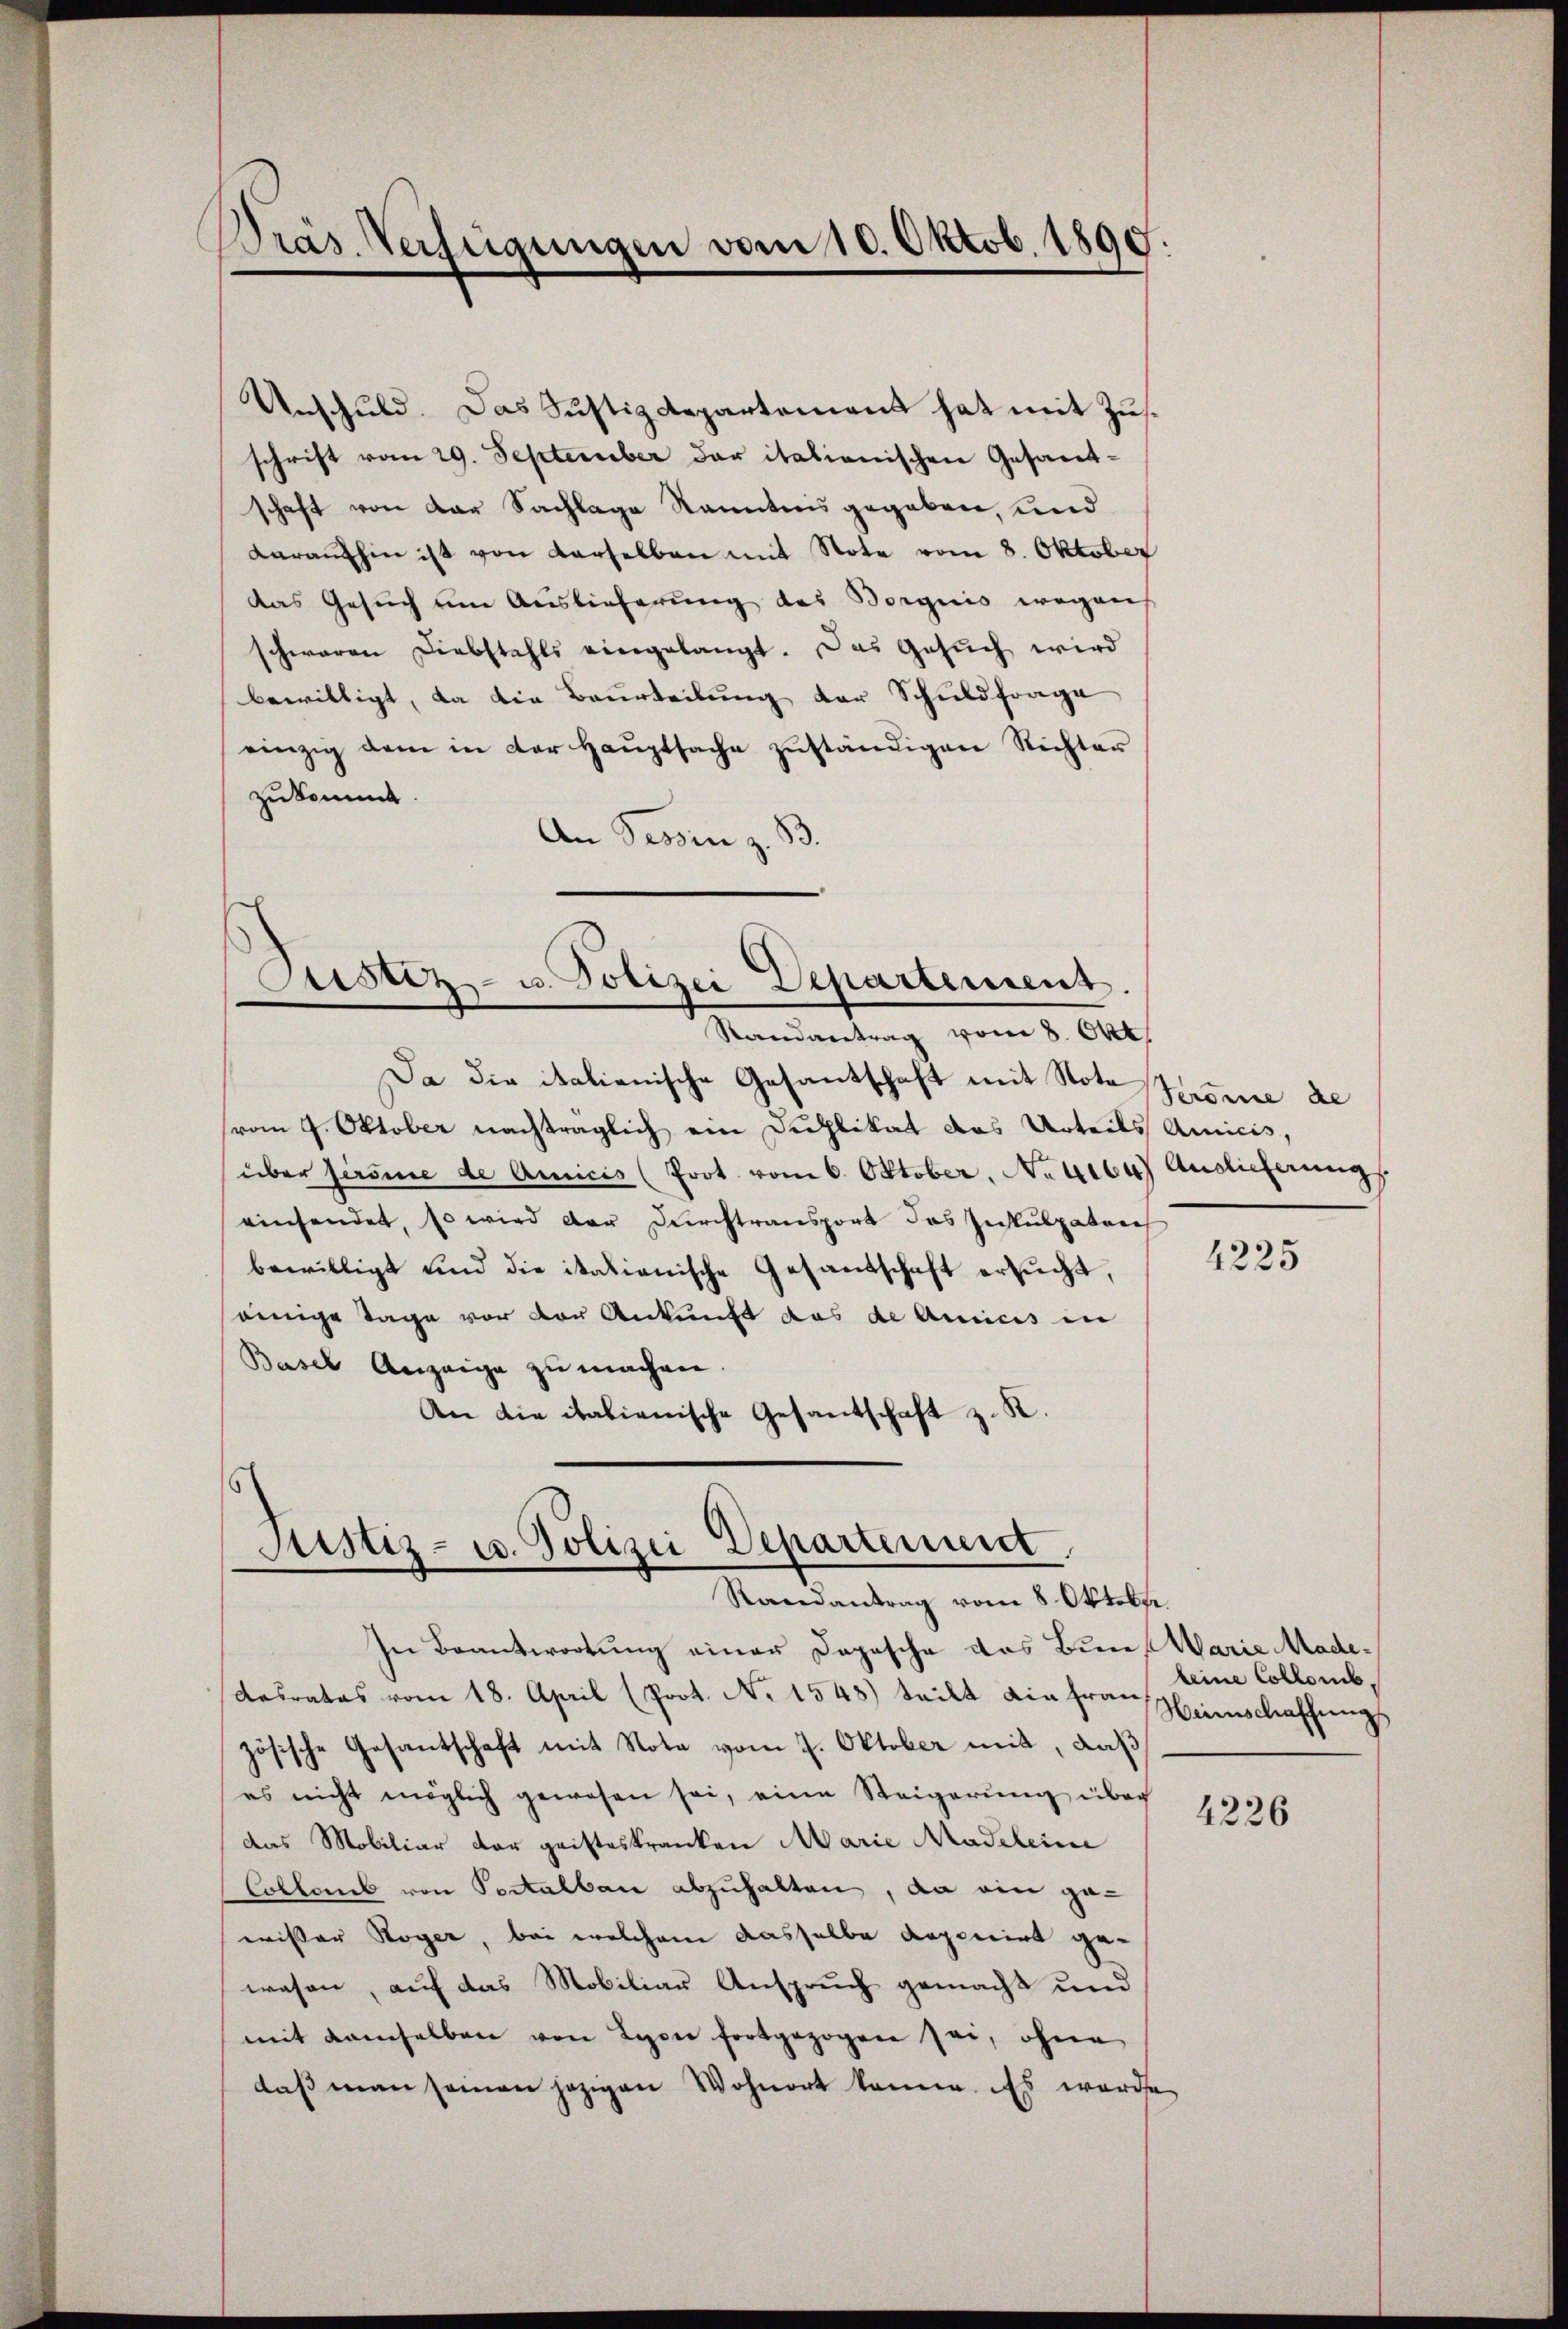
Präs. Verfügungen vom 10. Oktob. 1890.
2

Unschuld. Das Sustizdepartement hat mit Zusschrift vom 29. September der italienischen Gesandschaft von der Sachlage Kenntnis gegeben, und
daraufhin ist von derselben mit Note vom 8. Oktober
das Gesuch um Auslieferung des Borgnis wegen
schwaren Diebstahls eingelangt. Das Gesuch wird
bewilligt, da die Beurteilung der Schuldfrage
einzig dem in der Haŭptsache zŭständigen Richter
zukommt.
An Tessin z. B.

Justiz- u. Polizei Departement.

Randantrag vom 8. Okt.
Da die italienische Gesantschaft mit Note Sonne de
(vom 9. Oktober nachträglich ein Duchlikat das Urteils Amicis,
über firsine de Amicis (Prot. vom 6. Oktober, Neuen Auslieferungs
einsendet, so wird der Durchtransport des Inkulpaten
bewilligt und die itationische Gesandschaft ersucht,
einige Tage vor der Ankunft das de Amicis in
Basel Anzeige zu machen.
An die italienische Gesandschaft z. R.

Justiz- u. Polizei Departement.
Randantrag vom 8. Oktobe

In Beantwortung einer Dopische das Bunf Warie Madedesrates vom 18. April (Prot. No 1548) teilt die Frau,
zösische Gesantschaft mit Note vom 7. Oktober mit, daß
es nicht möglich gewesen sei, eine Steigerŭng über
das Mobiliar der geisteskranken Marie Madeleine
Collens von Portalbau abzuhalten, da ein gewisser Royer, bei welchem dasselbe doponirt ge-
wesen, auf das Mobiliar Anspruch gemacht und
mit demselben von Lyon fortgezogen sei, ohne
daß man seinen jezigen Wohnort könne. Es wurde

4225

keine Collomb,
Heimschaffungs

4226